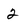
Character: 2